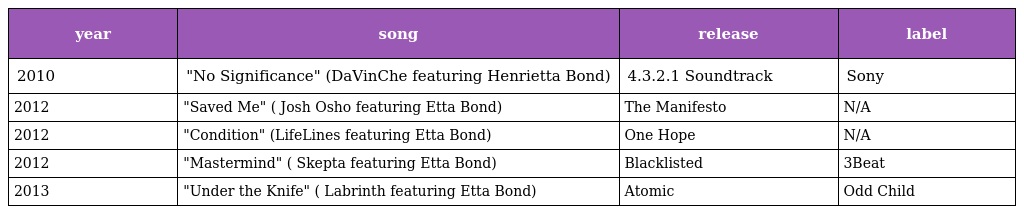
| year | song | release | label |
 | --- | --- | --- | --- |
 | 2010 | "No Significance" (DaVinChe featuring Henrietta Bond) | 4.3.2.1 Soundtrack | Sony |
 | 2012 | "Saved Me" ( Josh Osho featuring Etta Bond) | The Manifesto | N/A |
 | 2012 | "Condition" (LifeLines featuring Etta Bond) | One Hope | N/A |
 | 2012 | "Mastermind" ( Skepta featuring Etta Bond) | Blacklisted | 3Beat |
 | 2013 | "Under the Knife" ( Labrinth featuring Etta Bond) | Atomic | Odd Child |